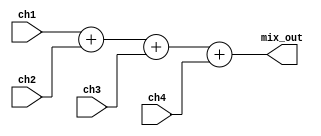

module chan_mixer(
		  input [5:0] 	ch1,
		  input [5:0] 	ch2,
		  input [5:0] 	ch3,
		  input [5:0] 	ch4,
		  output [7:0] mix_out
		  );
   reg [7:0] 		       mix;
   always@*
     begin
	mix<=ch1+ch2+ch3+ch4;	
     end
   assign mix_out=mix;
   
endmodule // chan_mixer